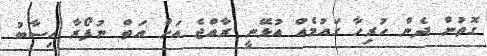
ގޮތުން ދެން ހުރިހާ ގައުމެއް އުޅޭނީ ރާއްޖެ އަށް އަތް ނުފޯރާ ހިސާބު